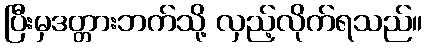
ပြီးမှဒတ္တားဘက်သို့ လှည့်လိုက်ရသည်။